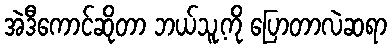
အဲဒီကောင်ဆိုတာ ဘယ်သူ့ကို ပြောတာလဲဆရာ